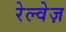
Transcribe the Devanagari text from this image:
रेल्वेज़